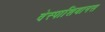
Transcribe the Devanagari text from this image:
वेस्पाशियानस